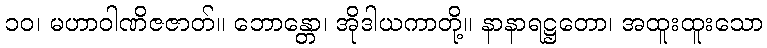
၁၀၊ မဟာဝါဏိဇဇာတ်။ ဘောန္တော၊ အိုဒါယကာတို့။ နာနာရဋ္ဌတော၊ အထူးထူးသော